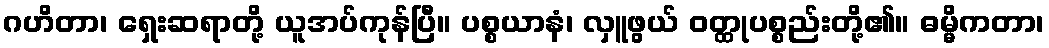
ဂဟိတာ၊ ရှေးဆရာတို့ ယူအပ်ကုန်ပြီ။ ပစ္စယာနံ၊ လှူဖွယ် ဝတ္ထုပစ္စည်းတို့၏။ ဓမ္မိကတာ၊